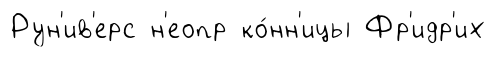
Рун'ив'ерс н'еопр ко́нн'ицы Фр'идр'их